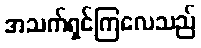
အသက်ရှင်ကြလေသည်